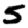
Digit: 5